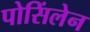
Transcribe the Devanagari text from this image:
पोसिंलेन